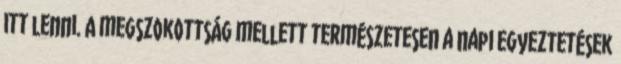
itt lenni. A megszokottság mellett természetesen a napi egyeztetések